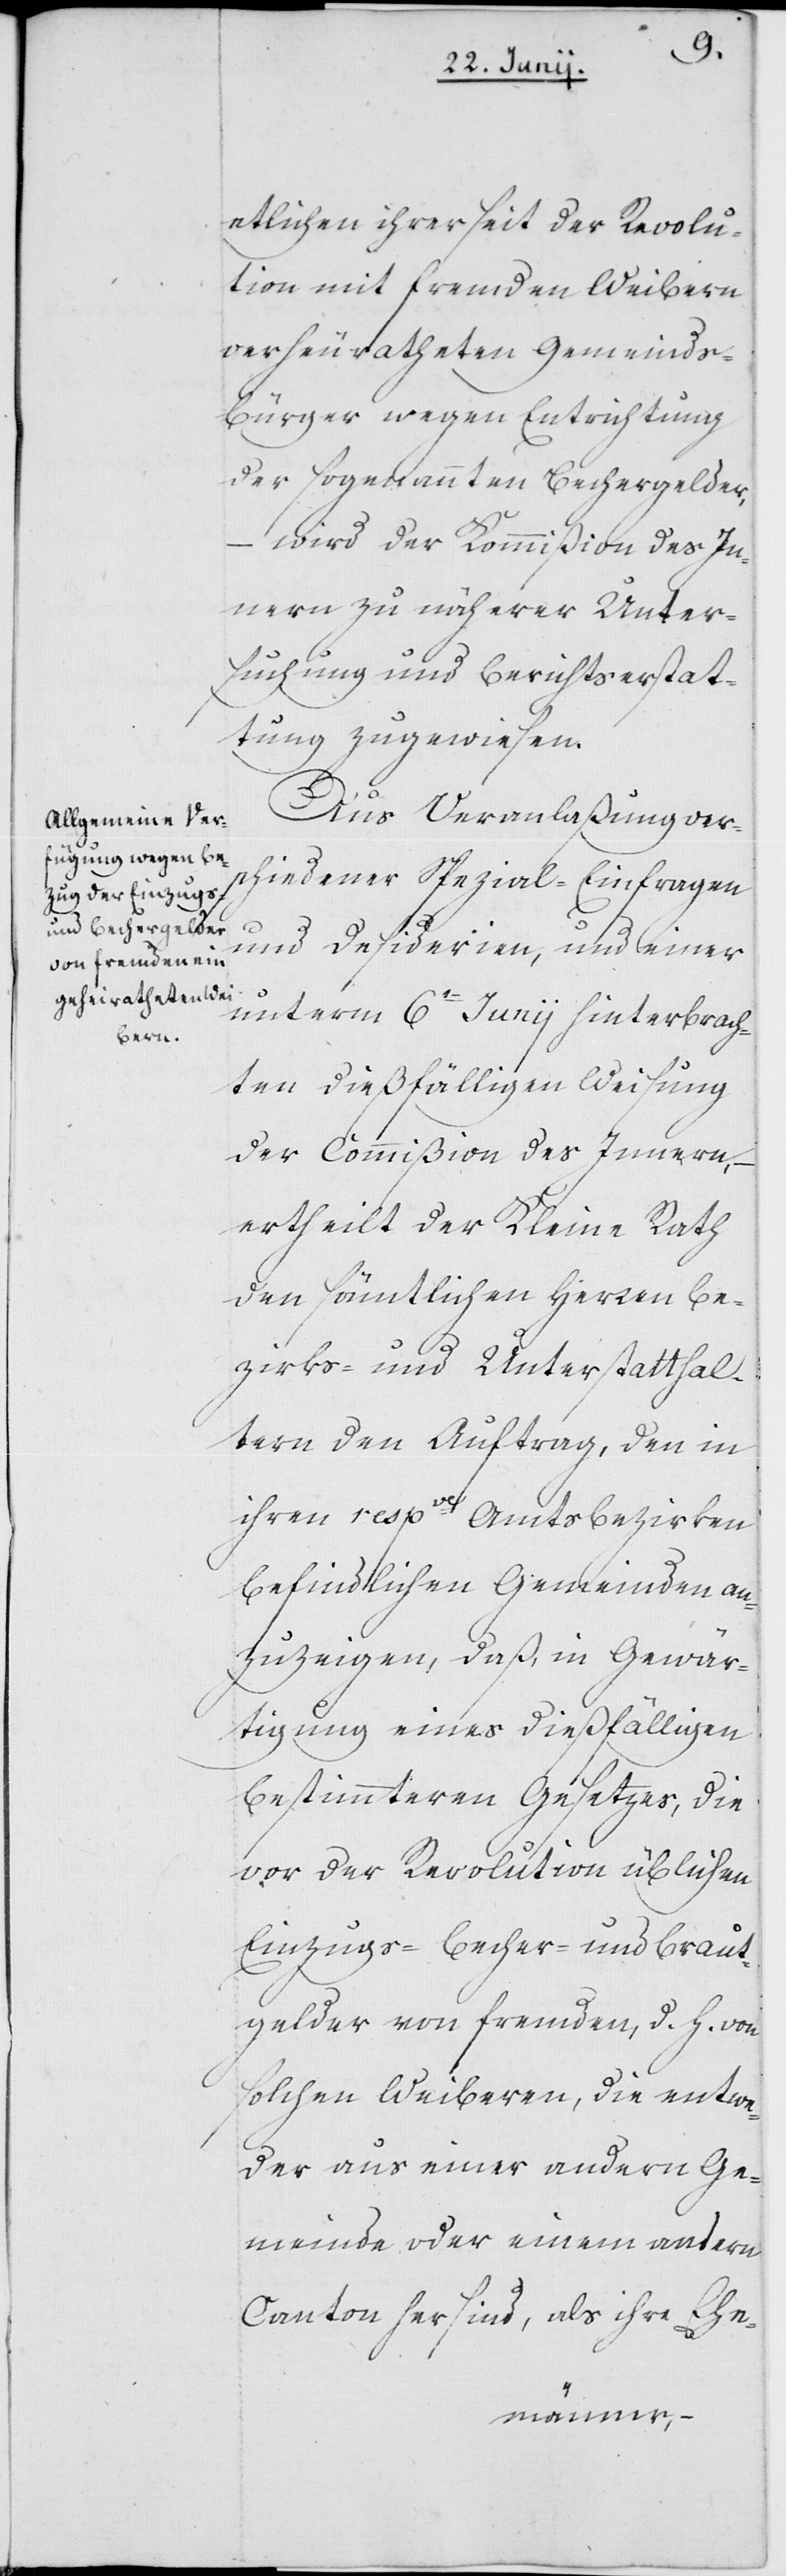
etlichen ihrer seit der Revolu¬
tion mit fremden Weibern
verheuratheten Gemeinds¬
bürger wegen Entrichtung
der sogenannten Bechergelder,
– wird der Kommißion des In¬
nern zu näherer Unter¬
suchung und Berichtserstat¬
tung zugewiesen.
Aus Veranlaßung ver¬
schiedener Spezial-Einfragen
und Desiderien, und einer
unterm 6t Junii hinterbrach¬
ten dießfälligen Weisung
der Commißion des Innern,
ertheilt der Kleine Rath
den sämtlichen Herren Be¬
zirks- und Unterstatthal¬
tern den Auftrag, den in
ihren respve Amtsbezirken
befindlichen Gemeinden an¬
zuzeigen, daß, in Gewär¬
tigung eines dießfälligen
bestimmteren Gesetzes, die
vor der Revolution üblichen
Einzugs- Becher- und Braut¬
gelder von fremden, d. h. von
solchen Weiberen, die entwe¬
der aus einer andern Ge¬
meinde oder einem andern
Kanton her sind, als ihre Ehe-